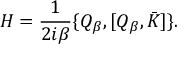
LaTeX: { \cal H } = \frac { 1 } { 2 i \beta } \{ Q _ { \beta } , [ Q _ { \beta } , \bar { K } ] \} .